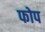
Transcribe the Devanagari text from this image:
फोप